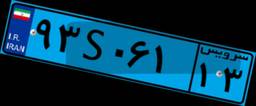
۹۳S۰۶۱۱۳